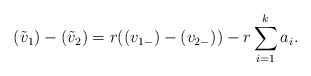
\begin{align*}(\tilde{v}_1)-(\tilde{v}_2)=r((v_{1-})-(v_{2-}))-r\sum_{i=1}^{k}a_i.\end{align*}